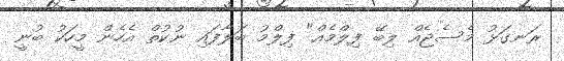
ރަނގަޅު މެސެޖެއް ލިބޭ ފިލްމެއް" ފިލްމު ބަލާފައި ނުކުތް އެހެން މީހަކު ބުނީ